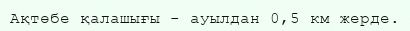
Ақтөбе қалашығы - ауылдан 0,5 км жерде.